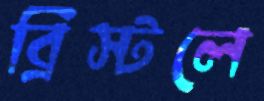
ব্রিস্টলে